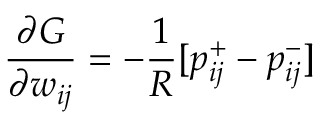
{ \frac { \partial { G } } { \partial { w _ { i j } } } } = - { \frac { 1 } { R } } [ p _ { i j } ^ { + } - p _ { i j } ^ { - } ]